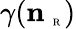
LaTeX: \gamma({\mathbf n}_{\mathrm{~\tiny~R~}})